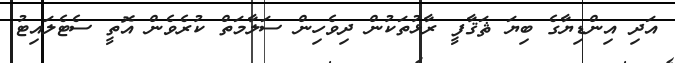
އަދި އިންޑިޔާގެ ބިޔަ ޘަޤާފީ ރާޅުތަކުން ދިވެހިން ސަލާމަތް ކުރެވެން އޮތީ ސެޓެލައިޓު